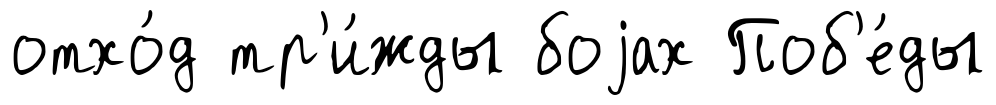
отхо́д тр'и́жды боjах Поб'е́ды